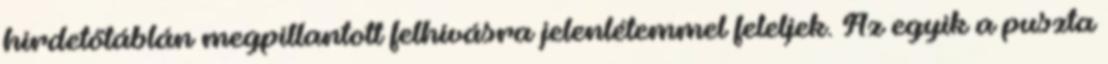
hirdetőtáblán megpillantott felhívásra jelenlétemmel feleljek. Az egyik a puszta